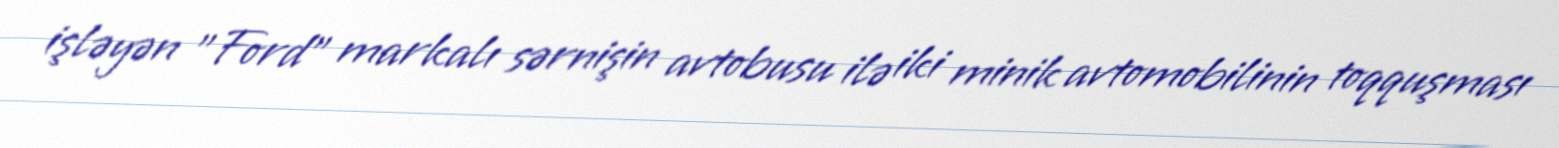
işləyən "Ford" markalı sərnişin avtobusu ilə iki minik avtomobilinin toqquşması